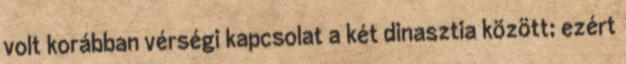
volt korábban vérségi kapcsolat a két dinasztia között; ezért